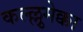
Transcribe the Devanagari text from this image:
कल्ल्लुमेक्का